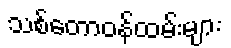
သစ်တောဝန်ထမ်းများ